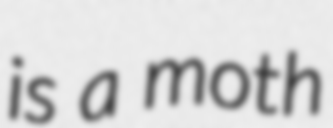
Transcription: is a moth